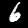
Label: 6